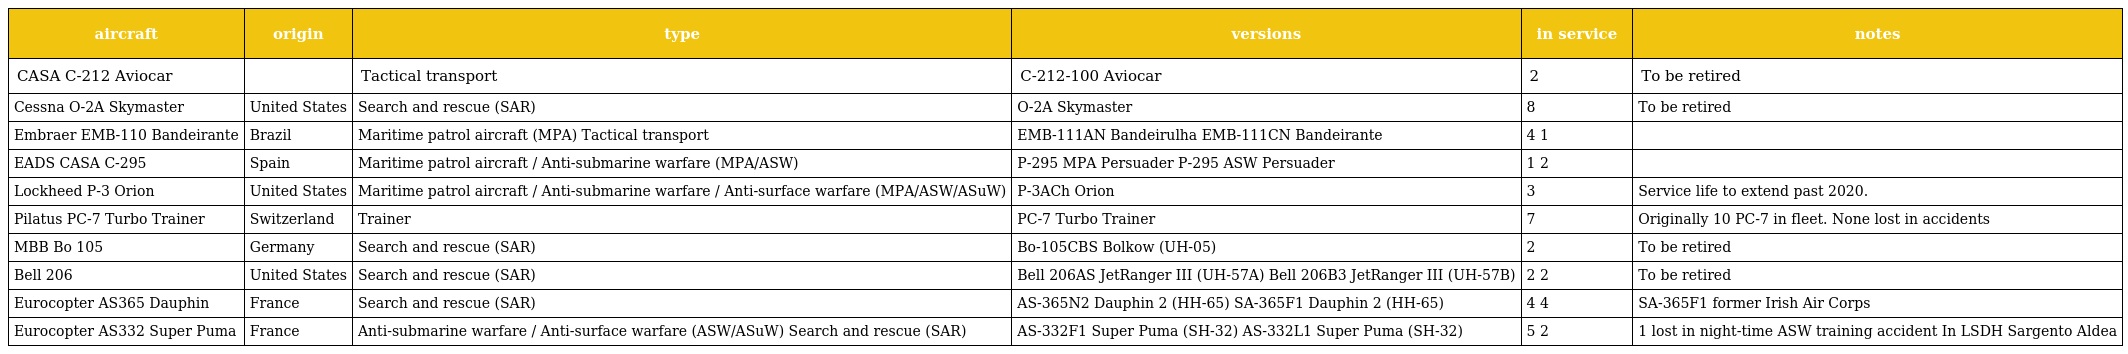
| aircraft | origin | type | versions | in service | notes |
 | --- | --- | --- | --- | --- | --- |
 | CASA C-212 Aviocar |  | Tactical transport | C-212-100 Aviocar | 2 | To be retired |
 | Cessna O-2A Skymaster | United States | Search and rescue (SAR) | O-2A Skymaster | 8 | To be retired |
 | Embraer EMB-110 Bandeirante | Brazil | Maritime patrol aircraft (MPA) Tactical transport | EMB-111AN Bandeirulha EMB-111CN Bandeirante | 4 1 |  |
 | EADS CASA C-295 | Spain | Maritime patrol aircraft / Anti-submarine warfare (MPA/ASW) | P-295 MPA Persuader P-295 ASW Persuader | 1 2 |  |
 | Lockheed P-3 Orion | United States | Maritime patrol aircraft / Anti-submarine warfare / Anti-surface warfare (MPA/ASW/ASuW) | P-3ACh Orion | 3 | Service life to extend past 2020. |
 | Pilatus PC-7 Turbo Trainer | Switzerland | Trainer | PC-7 Turbo Trainer | 7 | Originally 10 PC-7 in fleet. None lost in accidents |
 | MBB Bo 105 | Germany | Search and rescue (SAR) | Bo-105CBS Bolkow (UH-05) | 2 | To be retired |
 | Bell 206 | United States | Search and rescue (SAR) | Bell 206AS JetRanger III (UH-57A) Bell 206B3 JetRanger III (UH-57B) | 2 2 | To be retired |
 | Eurocopter AS365 Dauphin | France | Search and rescue (SAR) | AS-365N2 Dauphin 2 (HH-65) SA-365F1 Dauphin 2 (HH-65) | 4 4 | SA-365F1 former Irish Air Corps |
 | Eurocopter AS332 Super Puma | France | Anti-submarine warfare / Anti-surface warfare (ASW/ASuW) Search and rescue (SAR) | AS-332F1 Super Puma (SH-32) AS-332L1 Super Puma (SH-32) | 5 2 | 1 lost in night-time ASW training accident In LSDH Sargento Aldea |